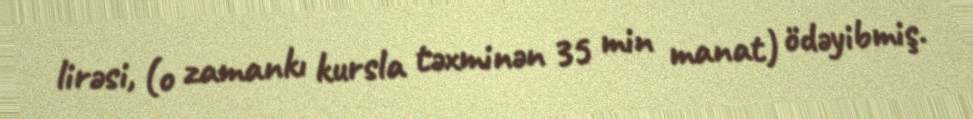
lirəsi, (o zamankı kursla təxminən 35 min manat) ödəyibmiş.